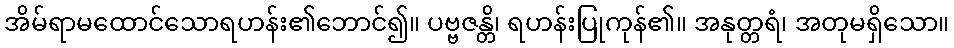
အိမ်ရာမထောင်သောရဟန်း၏ဘောင်၍။ ပဗ္ဗဇန္တိ၊ ရဟန်းပြုကုန်၏။ အနုတ္တရံ၊ အတုမရှိသော။